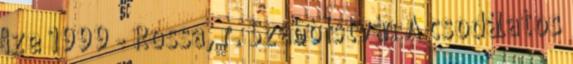
íze 1999 - Rossa, r. Szabó István A csodálatos